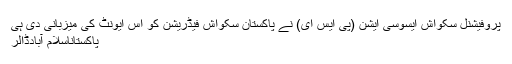
پروفیشنل سکواش ایسوسی ایشن (پی ایس ای) نے پاکستان سکواش فیڈریشن کو اس ایونٹ کی میزبانی دی ہی
پاکستاناسلام آبادڈالر